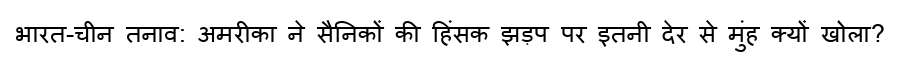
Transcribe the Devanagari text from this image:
भारत-चीन तनाव: अमरीका ने सैनिकों की हिंसक झड़प पर इतनी देर से मुंह क्यों खोला?